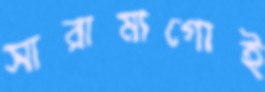
সারামাগোই